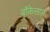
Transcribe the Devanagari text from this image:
बाँकेलाल